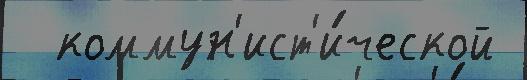
  коммун'ист'и́ческой